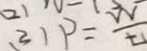
( 3 ) P = \frac { W } { t }